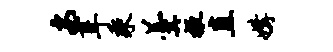
安葺乘羹掖直媾